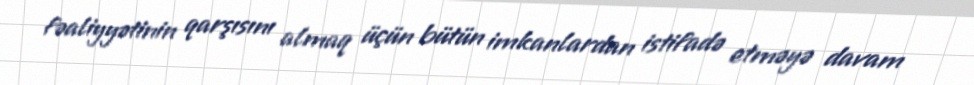
fəaliyyətinin qarşısını almaq üçün bütün imkanlardan istifadə etməyə davam